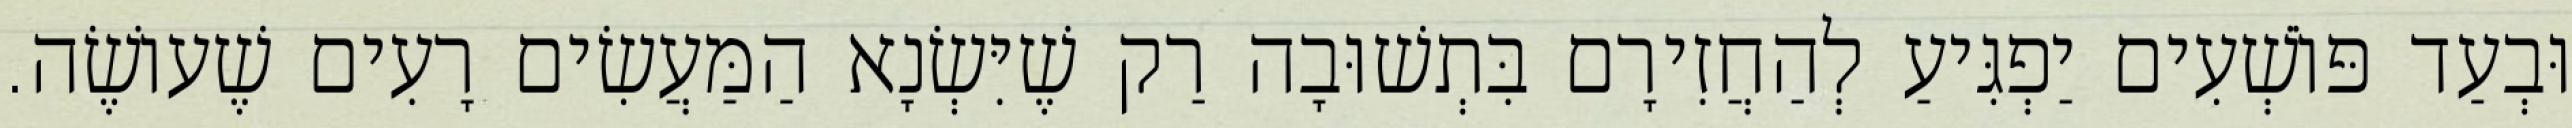
וּבְעַד פּוֹשְׁעִים יַפְגִּיעַ לְהַחֲזִירָם בִּתְשׁוּבָה רַק שֶׁיִּשְׂנָא הַמַּעֲשִׂים רָעִים שֶׁעוֹשֶׂה.